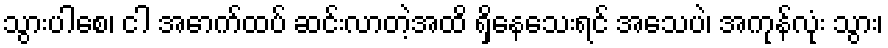
သွားပါစေ၊ ငါ အောက်ထပ် ဆင်းလာတဲ့အထိ ရှိနေသေးရင် အသေပဲ၊ အကုန်လုံး သွား၊